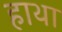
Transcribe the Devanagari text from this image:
हाथा